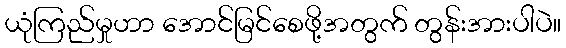
ယုံကြည်မှုဟာ အောင်မြင်စေဖို့အတွက် တွန်းအားပါပဲ။